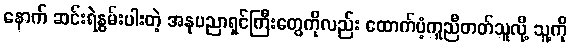
နောက် ဆင်းရဲနွမ်းပါးတဲ့ အနုပညာရှင်ကြီးတွေကိုလည်း ထောက်ပံ့ကူညီတတ်သူလို့ သူ့ကို